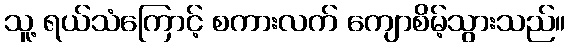
သူ့ ရယ်သံကြောင့် စကားလက် ကျောစိမ့်သွားသည်။